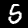
Label: 5